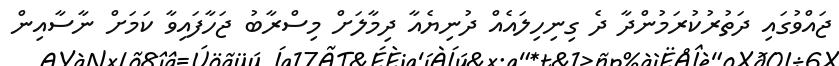
ޖައްވުގައި ދަތުރުކުރަމުންދާ ދެ ގިނިހިލައެއް ދުނިޔެއާ ދިމާލަށް މިސްރާބު ޖަހާފައިވާ ކަމަށް ނާސާއިން